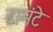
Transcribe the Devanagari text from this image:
ब्रामंटे